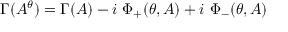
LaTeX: \Gamma ( A ^ { \theta } ) = \Gamma ( A ) - i \ \Phi _ { + } ( \theta , A ) + i \ \Phi _ { - } ( \theta , A )